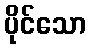
ပိုင်သော